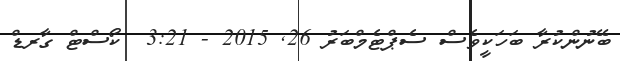
ބޭނުންކުރާ ބަހަކީވެސް ސެޕްޓެމްބަރު 26